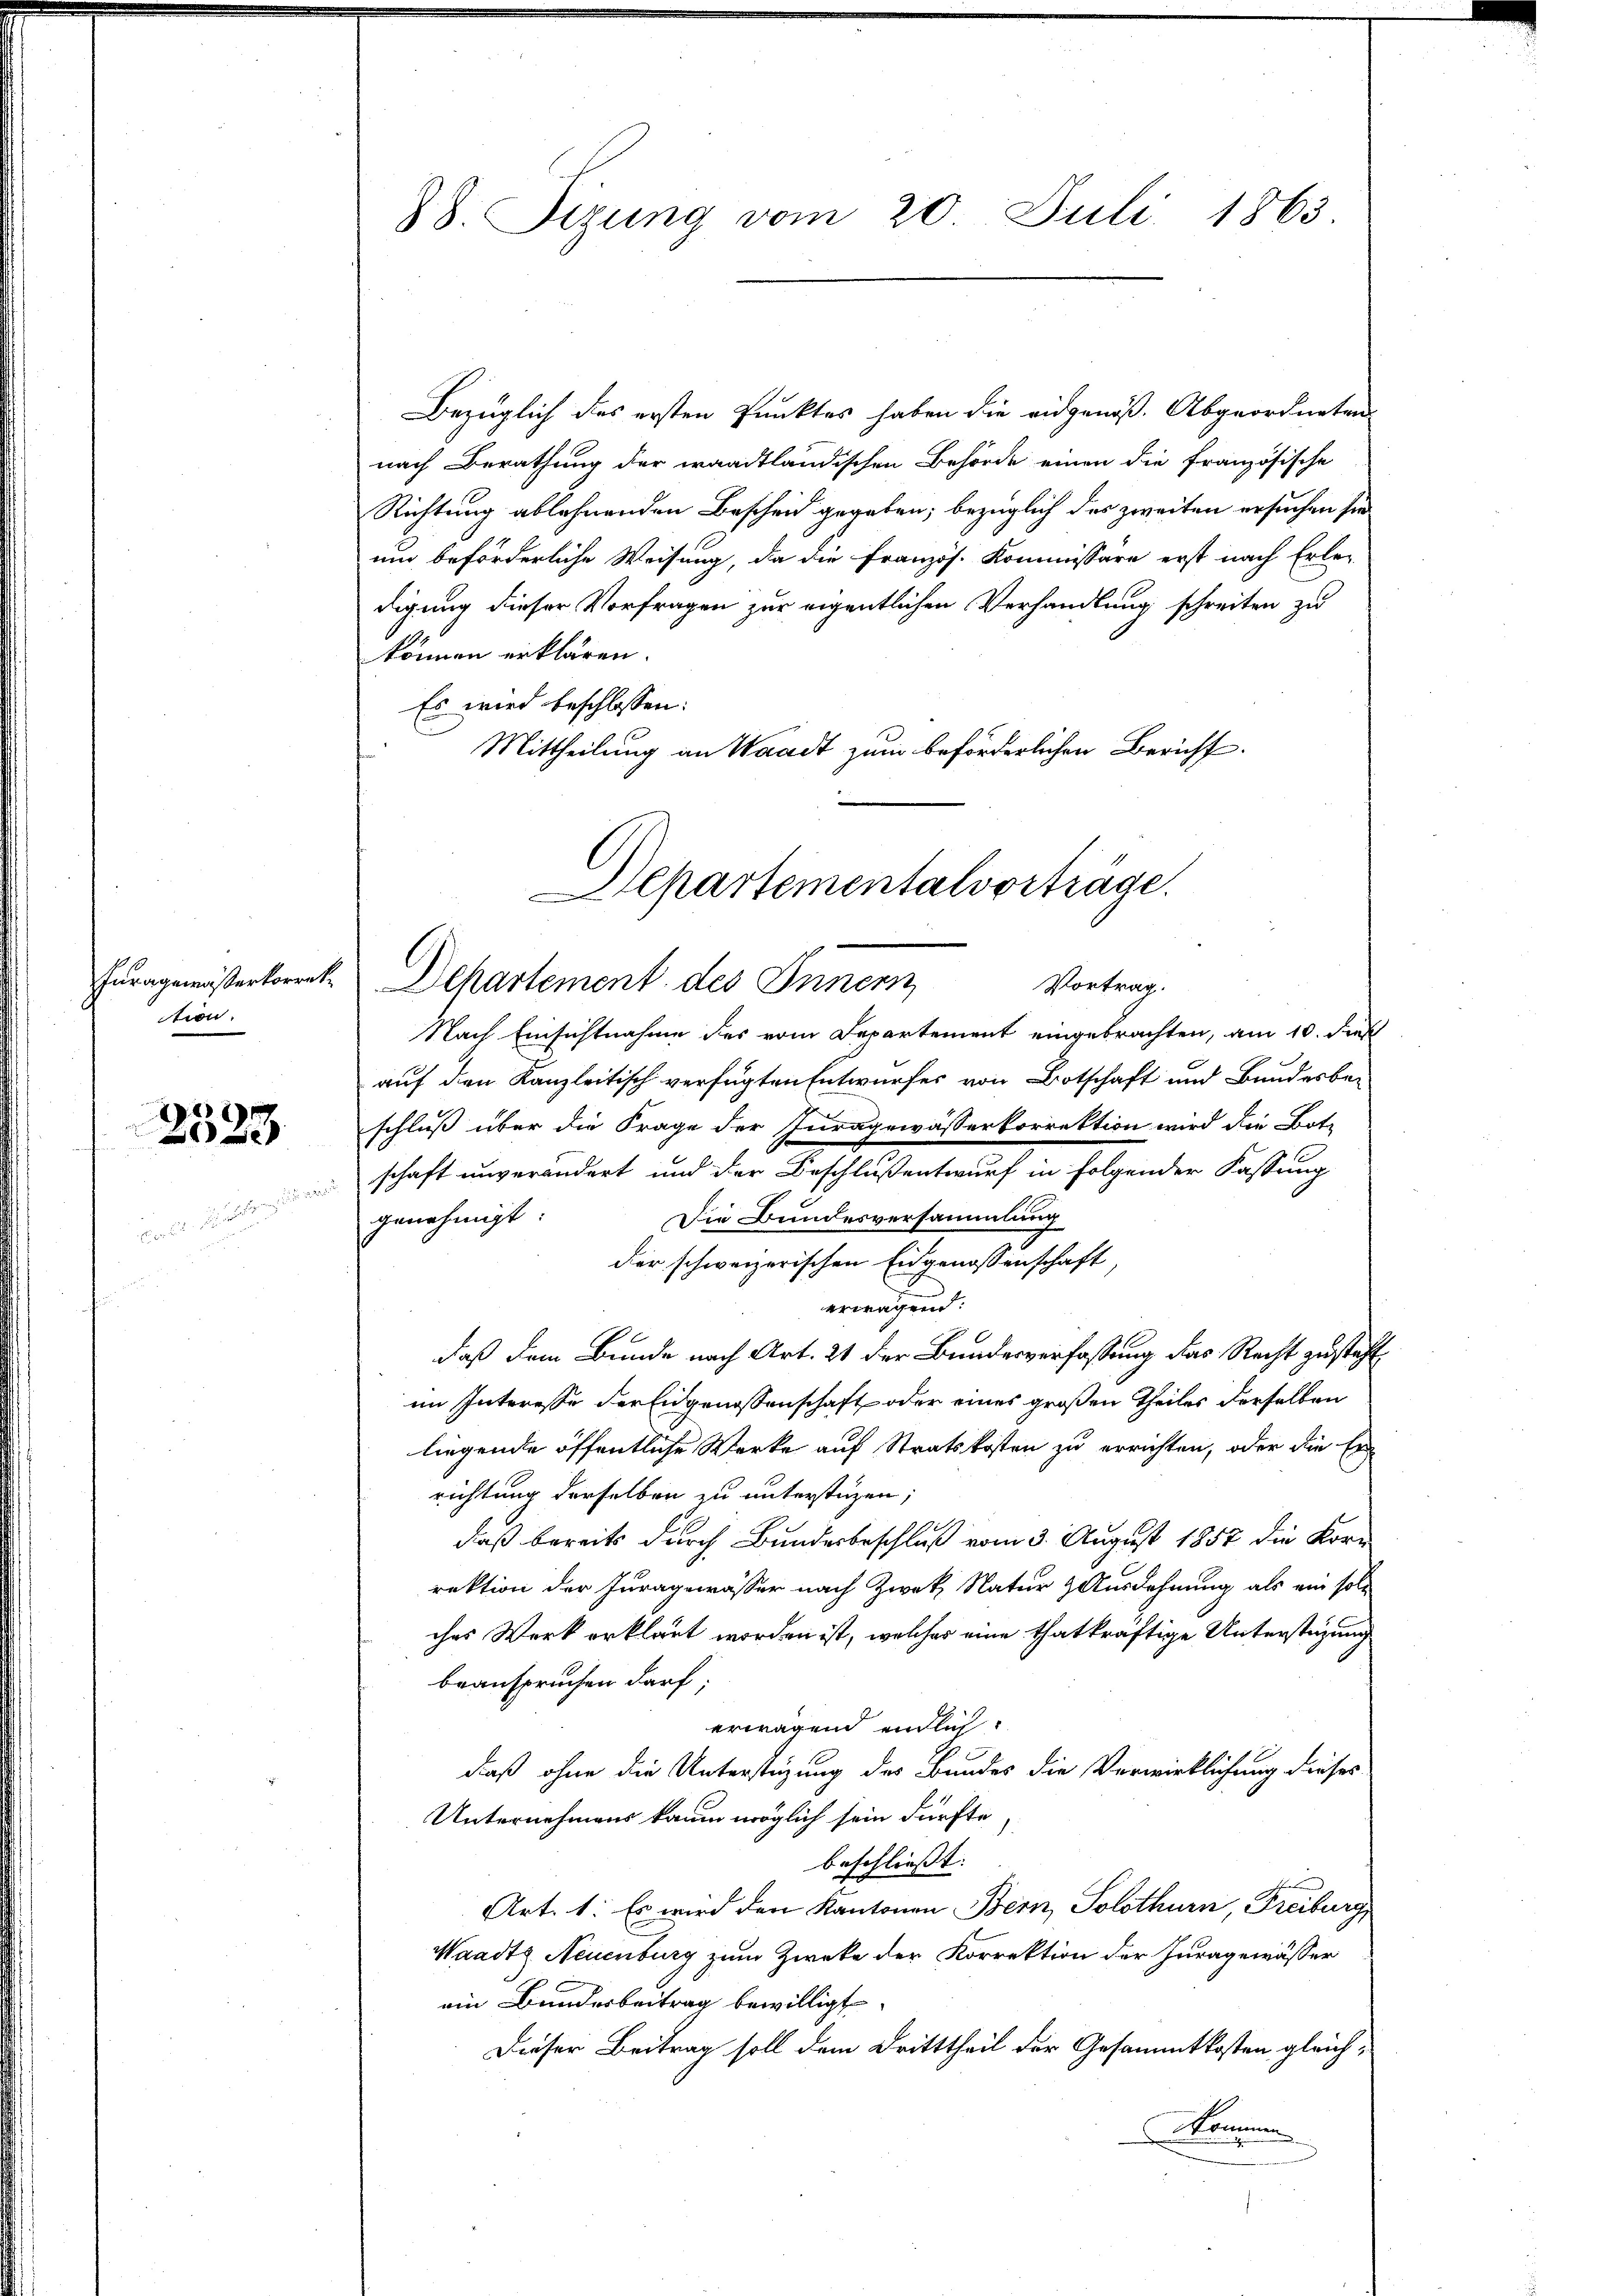
Furagewässerkorrek
tion.

2)
D

88. Sizung vom 20. Juli 1863

Bezüglich des ersten Punktes haben die eidgenöß. Abgeordneten
nach Berathung der waadtländischen Behörde einen die französische
Richtung ablehnenden Bescheid gegeben, bezüglich des zweiten ersuchen sie
und beförderliche Weisung, da die Französ. Kommissäre erst nach Erle-
digung dieser Vorfragen zur eigentlichen Verhandlung schreiten zu
können erklären.
Es wird beschlossen:
Mittheilung an Waadt zum beförderlichen Bericht

Stepartementalvorträge.
Dehartement des Innern
Vortrag.

Nach Einsichtnahme des vom Departement eingebrachten, am 10. dies
auf den Kanzleitisch verfügten Entwurfes von Botschaft und Bundesbeschluß über die Frage der Juragewässerkorrektion wird die Bot-
schaft unverändert und der Beschlußentwurf in folgender Fassung
Die Bundesversammlung
genehmigt
der schweizerischen Eidgenossenschaft,
erwagend:
daß dem Bunde nach Art. 21 der Bundesverfassung das Recht zustähl
im Interesse der Eidgenossenschaft oder eines großen Theiles derselben
liegende öffentliche Werke auf Staatskosten zu errichten, oder die Er
richtung derselben zu unterstüzen;
daß bereits durch Bundesbeschluß vom 3. August 1857 die Korn
rektion der Juragewässer nach Zwek Natur & Ausdehnung als ein soll
ches Werk erklärt worden ist, welcher eine thatkräftige Unterstüzung
beanspruchen darf;
erwagend endlich.
daß ohne die Unterstüzung des Bundes die Verwirklichung dieses
Unternehmens kaum möglich sein dürfte
beschliesst:
Art. 1: Es wird den Kantonen Bern, Solothurn, Freiburg,
Waadt Neuenburg zum Zwecke der Korrektion der Juragewässer
ein Bunderbeitrag bewilligt
Dieser Beitrag soll dem Dritttheil der Gesammtkosten gleich¬
Kommen